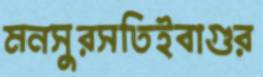
মনসুরসতিইবাগুর